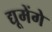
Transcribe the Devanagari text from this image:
द्यूमेंगे